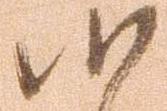
候